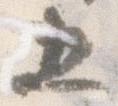
五